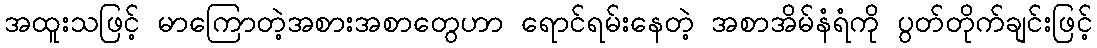
အထူးသဖြင့် မာကြောတဲ့အစားအစာတွေဟာ ရောင်ရမ်းနေတဲ့ အစာအိမ်နံရံကို ပွတ်တိုက်ချင်းဖြင့်